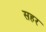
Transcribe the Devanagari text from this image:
सहर